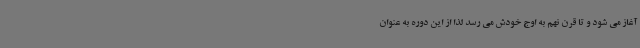
آغاز می شود و تا قرن نهم به اوج خودش می رسد لذا از این دوره به عنوان